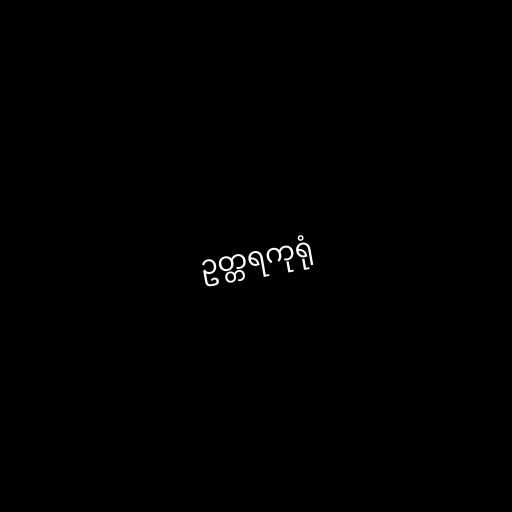
ဥတ္တရကုရုံ